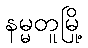
နမ္မတူမြို့